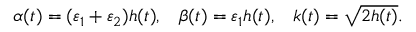
\alpha ( t ) = ( \varepsilon _ { 1 } + \varepsilon _ { 2 } ) h ( t ) , \, \, \, \, \, \beta ( t ) = \varepsilon _ { 1 } h ( t ) , \, \, \, \, \, k ( t ) = \sqrt { 2 h ( t ) } .